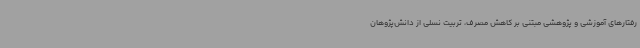
رفتارهای آموزشی و پژوهشی مبتنی بر کاهش مصرف، تربیت نسلی از دانش‌پژوهان